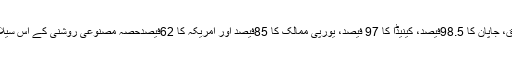
ایک تحقیق کے مطابق، جاپان کا 98.5فیصد، کینیڈا کا 97 فیصد، یورپی ممالک کا 85فیصد اور امریکہ کا 62فیصدحصہ مصنوعی روشنی کے اس سیلاب کی لپیٹ میں ہے۔